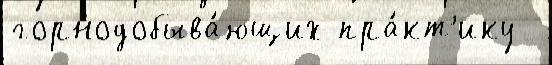
горнодобыва́ющих пра́кт'ику